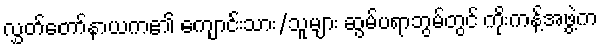
လွှတ်တော်နာယက၏ ကျောင်းသား/သူများ ဆွမ်ပရာဘွမ်တွင် ကိုးကန့်အဖွဲ့က